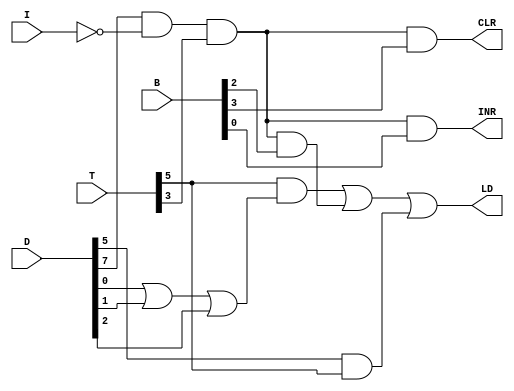
module AC_Control ( 
    input [7:0] T, input [7:0] D ,input I, input [7:0] B, 
    output  LD,CLR,INR 
); 
assign LD = (T[5] & (D[0] | D[1] | D[2])) | ((D[7] & !I & T[3]) & B[2]) | (D[5] & T[5]); //B[9]
assign CLR = (D[7] & !I & T[3]) & B[3]; //B[11]
assign INR = (D[7] & !I & T[3]) & B[0]; //B[5]

endmodule